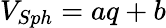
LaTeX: V_{Sph}=aq+b